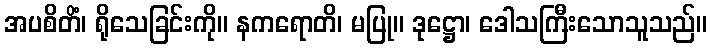
အပစိတိံ၊ ရိုသေခြင်းကို။ နကရောတိ၊ မပြု။ ဒုဋ္ဌော၊ ဒေါသကြီးသောသူသည်။